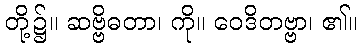
တို့၌။ ဆဗ္ဗိဓတာ၊ ကို။ ဝေဒိတဗ္ဗာ၊ ၏။